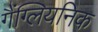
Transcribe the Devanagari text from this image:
गैंग्लियनिक